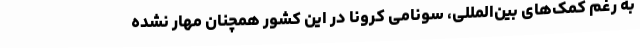
به رغم کمک‌های بین‌المللی، سونامی کرونا در این کشور همچنان مهار نشده